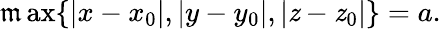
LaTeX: \operatorname*{\mathfrak{m}ax}\{ |x-x_{0}|,|y-y_{0}|,|\mathit{z}-\mathit{z}_{0}|\} =a.